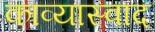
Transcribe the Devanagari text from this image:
काव्यास्वाद